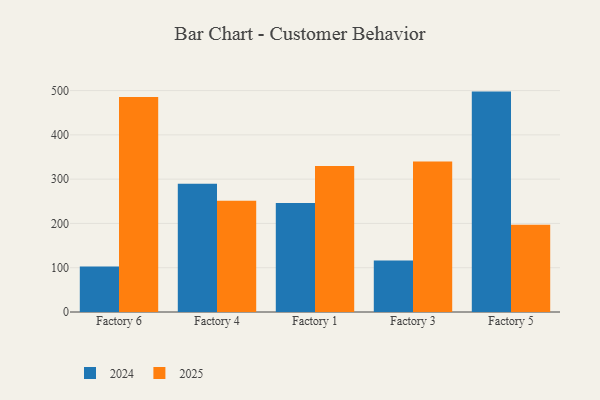
{"axis": {"x": "Factory", "y": "Latency (ms)"}, "legend": ["2024", "2025"], "data": [{"x": "Factory 6", "y": 103.0, "type": "2024"}, {"x": "Factory 6", "y": 485.5, "type": "2025"}, {"x": "Factory 4", "y": 289.5, "type": "2024"}, {"x": "Factory 4", "y": 251.5, "type": "2025"}, {"x": "Factory 1", "y": 246.1, "type": "2024"}, {"x": "Factory 1", "y": 329.8, "type": "2025"}, {"x": "Factory 3", "y": 116.2, "type": "2024"}, {"x": "Factory 3", "y": 340.1, "type": "2025"}, {"x": "Factory 5", "y": 497.7, "type": "2024"}, {"x": "Factory 5", "y": 197.0, "type": "2025"}]}